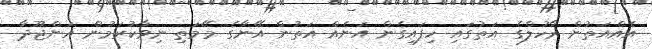
އެއްއަތުން ރާހުލްގެ އަތުގައި ހިފައިގެން އަނެއް އަތުން އޭނާގެ މޭމަތި ނިވާކުރަމުން އަންޖޫދާ